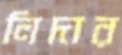
লিদার